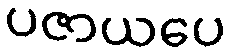
ပဇာယပေ